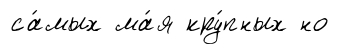
са́мых ма́я кру́пных но